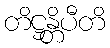
တိဋ္ဌန္တိပီတိ